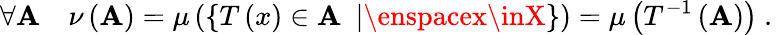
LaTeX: \forall\mathbf{A}\quad\nu\left(\mathbf{A}\right)=\mu\left(\left\{ T\left(x\right)\in\mathbf{A}\enspace\middle|\enspacex\inX\right\} \right)=\mu\left(T^{-1}\left(\mathbf{A}\right)\right)\mathrm{{~.~}}